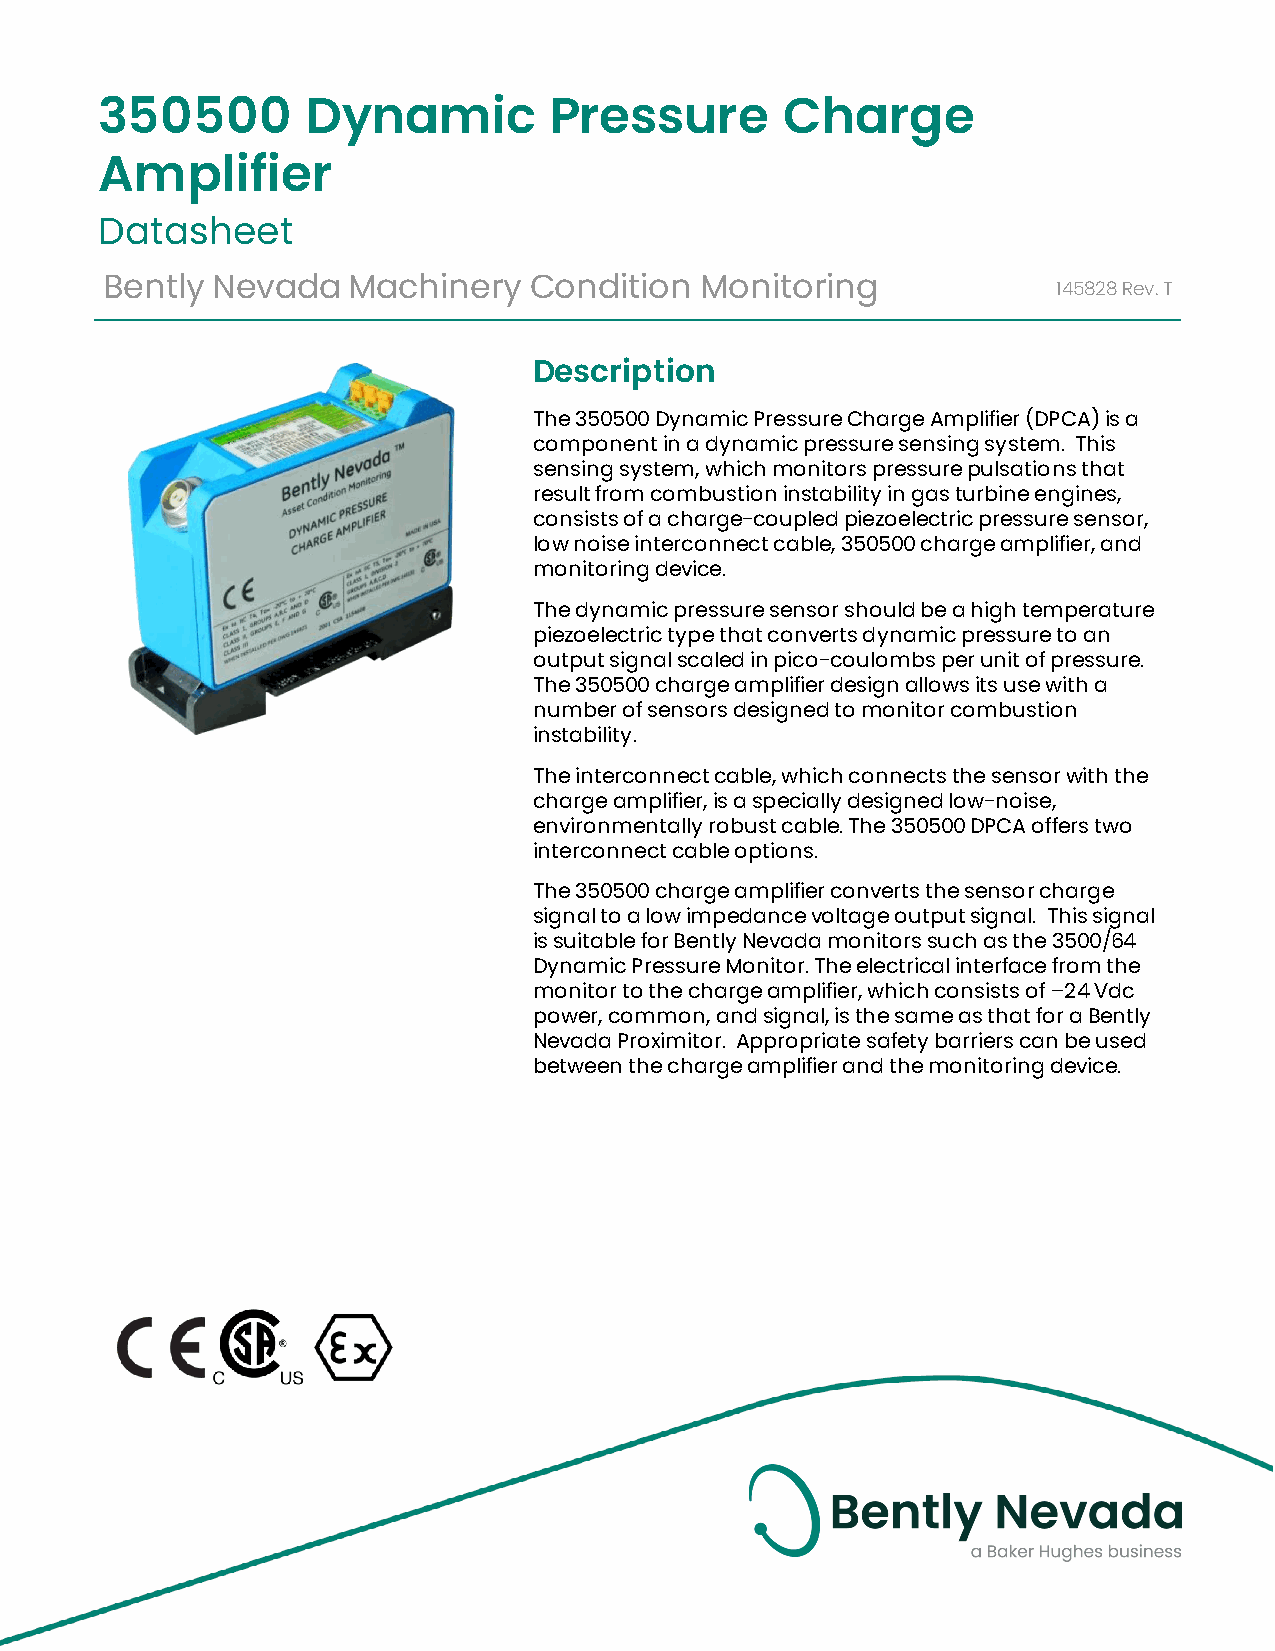
350500       Dynamic         Pressure        Charge
 Amplifier
 Datasheet
 Bently Nevada   Machinery   Condition  Monitoring              145828Rev.T
 Description
 The 350500 Dynamic Pressure Charge Amplifier (DPCA) is a
 component in a dynamic pressure sensing system. This
 sensing system, which monitors pressure pulsations that
 result from combustion instability in gas turbine engines,
 consists of a charge-coupled piezoelectric pressure sensor,
 low noise interconnect cable, 350500 charge amplifier, and
 monitoring device.
 The dynamic pressure sensor should be a high temperature
 piezoelectric type that converts dynamic pressure to an
 output signal scaled in pico-coulombs per unit of pressure.
 The 350500 charge amplifier design allows its use with a
 number of sensors designed to monitor combustion
 instability.
 The interconnect cable, which connects the sensor with the
 charge amplifier, is a specially designed low-noise,
 environmentally robust cable. The 350500 DPCA offers two
 interconnect cable options.
 The 350500 charge amplifier converts the sensor charge
 signal to a low impedance voltage output signal. This signal
 is suitable for Bently Nevada monitors such as the 3500/64
 Dynamic Pressure Monitor. The electrical interface from the
 monitor to the charge amplifier, which consists of –24 Vdc
 power, common, and signal, is the same as that for a Bently
 Nevada Proximitor. Appropriate safety barriers can be used
 between the charge amplifier and the monitoring device.